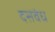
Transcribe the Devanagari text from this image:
दसवंध